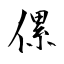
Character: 傫